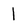
Character: l